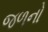
જળનો